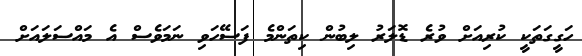
ހަގީގަތަކީ ކުރިއަށް ވުރެ ޑޮލަރު ލިބުން ކިތަންމެ ފަސޭހަވި ނަމަވެސް އެ މައްސަލައަށް